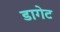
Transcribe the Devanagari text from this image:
डागेट